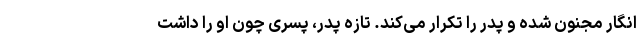
انگار مجنون شده و پدر را تکرار می‌کند. تازه پدر، پسری چون او را داشت